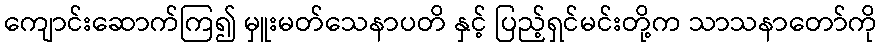
ကျောင်းဆောက်ကြ၍ မှူးမတ်သေနာပတိ နှင့် ပြည့်ရှင်မင်းတို့က သာသနာတော်ကို